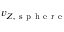
v _ { Z , \mathrm { ~ s ~ p ~ h ~ e ~ r ~ e ~ } }